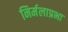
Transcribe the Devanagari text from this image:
निर्मलाप्रभा